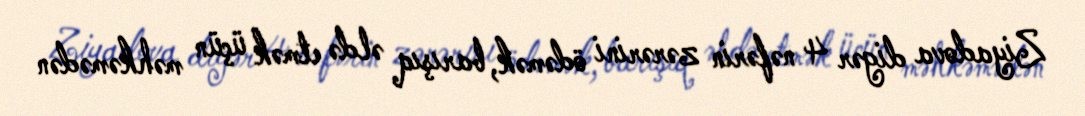
Ziyadova digər 4 nəfərin zərərini ödəmək, barışıq əldə etmək üçün məhkəmədən